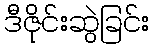
ဒီဇိုင်းဆွဲခြင်း